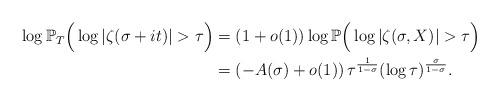
LaTeX: \begin{align*}\begin{aligned}\log\mathbb{P}_{T} \Big (\log |\zeta(\sigma + it)| > \tau \Big )&=(1+o(1))\log\mathbb{P} \Big ( \log |\zeta(\sigma, X)| > \tau \Big)\\&=\left(-A(\sigma)+o(1)\right)\tau^{\frac{1}{1-\sigma}}(\log \tau)^{\frac{\sigma}{1-\sigma}}.\end{aligned}\end{align*}